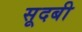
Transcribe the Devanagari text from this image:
सूदबी